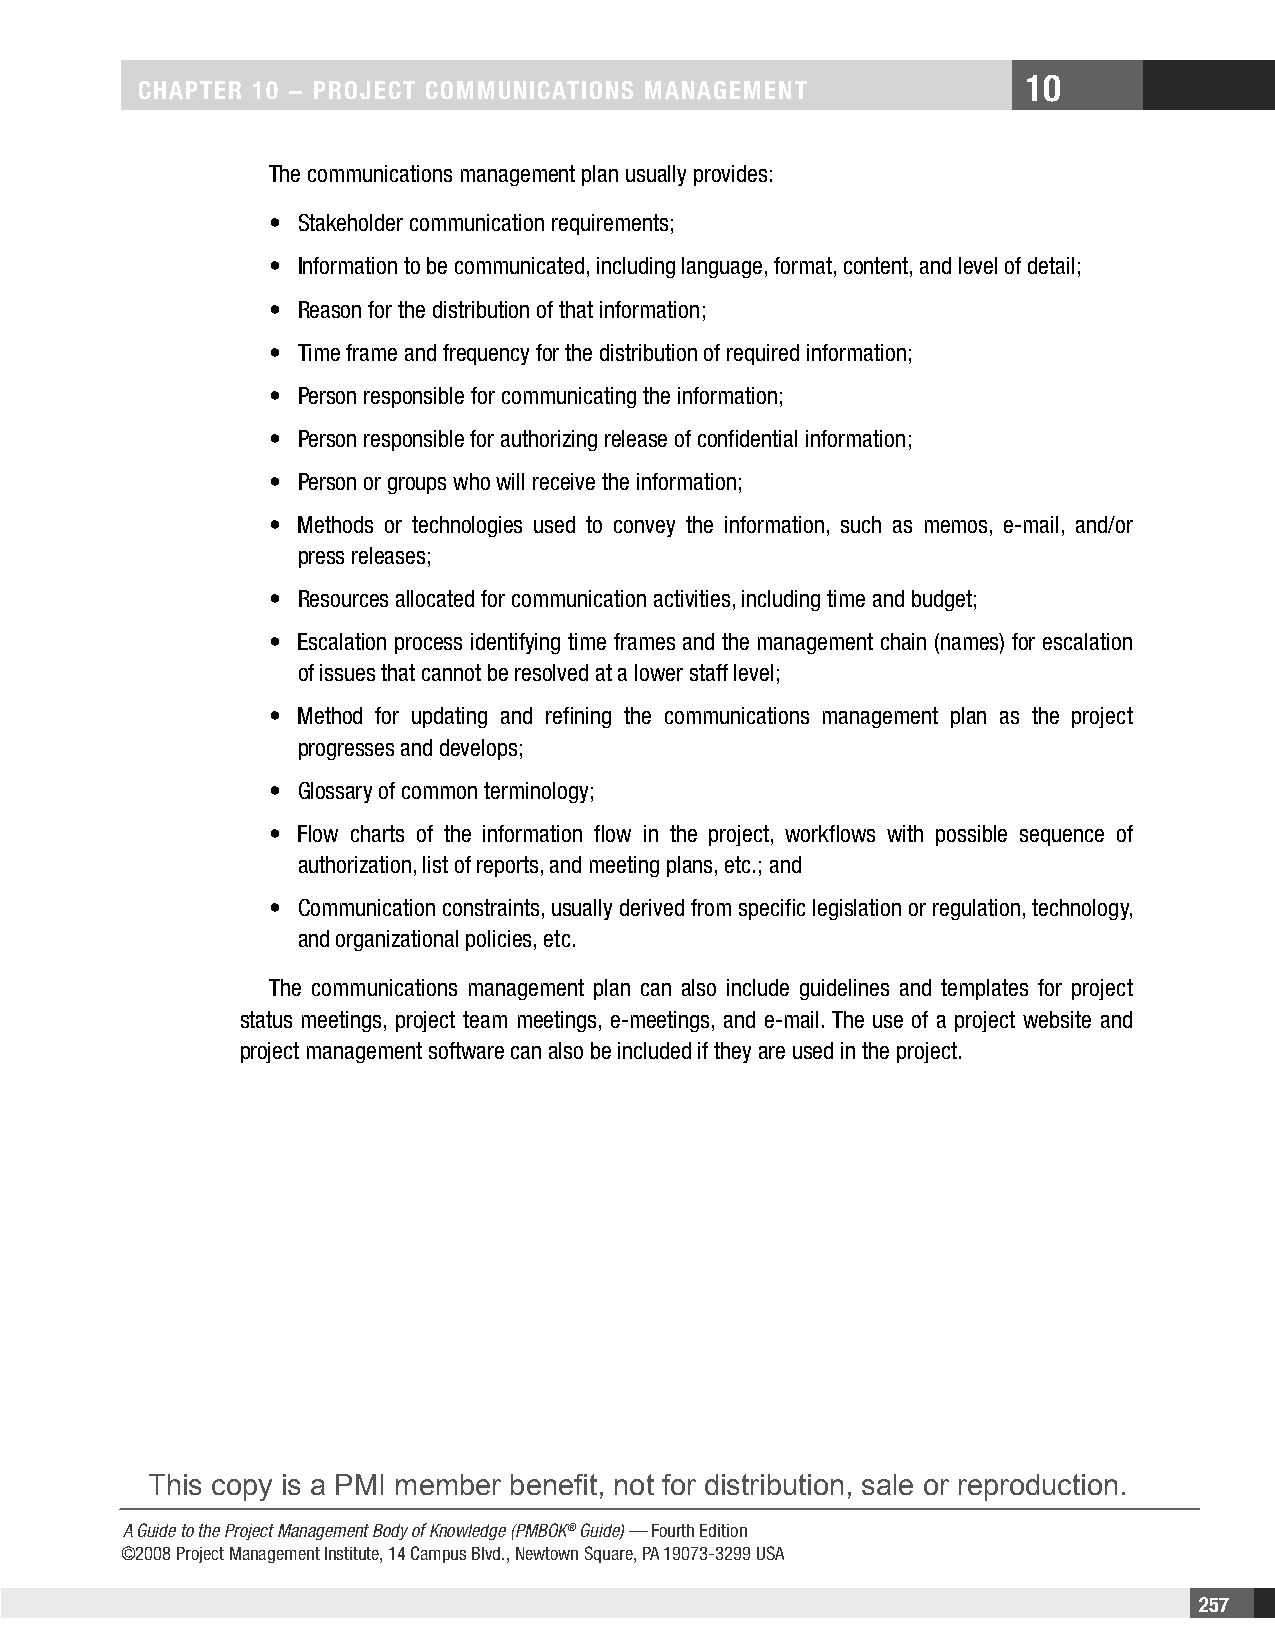
10
 CHAPTER 10 − PROjECT COMMunICATIOnS MAnAgEMEnT
 The communications management plan usually provides:
 • Stakeholder communication requirements;
 • Information to be communicated, including language, format, content, and level of detail;
 • Reason for the distribution of that information;
 • Time frame and frequency for the distribution of required information;
 • Person responsible for communicating the information;
 • Person responsible for authorizing release of confidential information;
 • Person or groups who will receive the information;
 • Methods or technologies used to convey the information, such as memos, e-mail, and/or
 press releases;
 • Resources allocated for communication activities, including time and budget;
 • Escalation process identifying time frames and the management chain (names) for escalation
 of issues that cannot be resolved at a lower staff level;
 • Method for updating and refining the communications management plan as the project
 progresses and develops;
 • Glossary of common terminology;
 • Flow charts of the information flow in the project, workflows with possible sequence of
 authorization, list of reports, and meeting plans, etc.; and
 • Communication constraints, usually derived from specific legislation or regulation, technology,
 and organizational policies, etc.
 The communications management plan can also include guidelines and templates for project
 status meetings, project team meetings, e-meetings, and e-mail. The use of a project website and
 project management software can also be included if they are used in the project.
 This copy is a PMI member benefit, not for distribution, sale or reproduction.
 A Guide to the Project Management Body of Knowledge (PMBOK® Guide) — Fourth Edition
 ©2008 Project Management Institute, 14 Campus Blvd., Newtown Square, PA 19073-3299 USA
 257